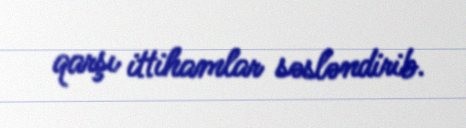
qarşı ittihamlar səsləndirib.